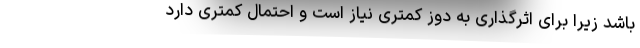
باشد زیرا برای اثرگذاری به دوز کمتری نیاز است و احتمال کمتری دارد